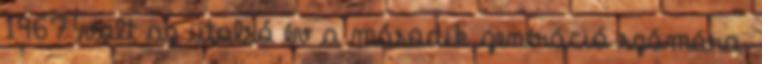
1967 volt az utolsó év a második generáció számára.